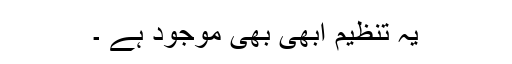
یہ تنظیم ابھی بھی موجود ہے ۔